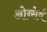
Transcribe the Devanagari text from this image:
ओब्सेर्व